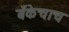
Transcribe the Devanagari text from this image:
बँकेचाच